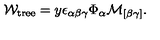
{ \cal W } _ { \mathrm { { \small t r e e } } } = y \epsilon _ { \alpha \beta \gamma } \Phi _ { \alpha } { \cal M } _ { [ \beta \gamma ] } .